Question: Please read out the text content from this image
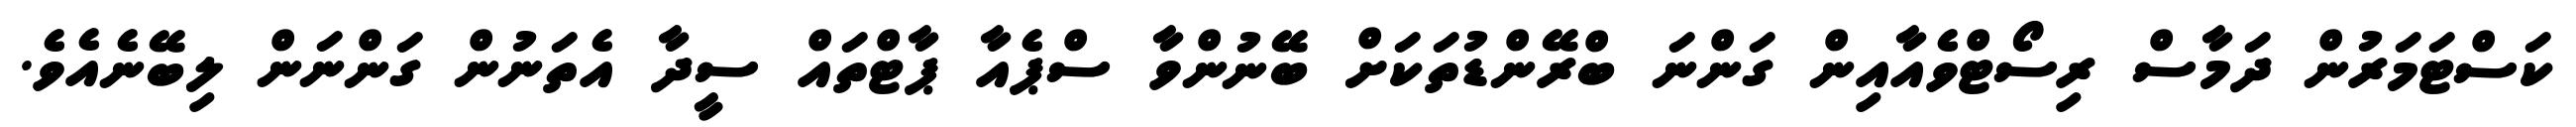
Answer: ކަސްޓަމަރުން ދަމާސް ރިސޯޓްވެއާއިން ގަންނަ ބްރޭންޑުތަކަށް ބޭނުންވާ ސްޕެއާ ޕާޓްތައް ސީދާ އެތަނުން ގަންނަން ލިބޭނެއެވެ.